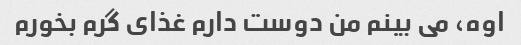
اوه، می بینم من دوست دارم غذای گرم بخورم